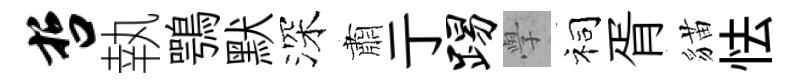
哲執鶚默深肅亍踢𭓕祠胥貓怯